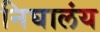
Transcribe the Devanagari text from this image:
निघालंंय